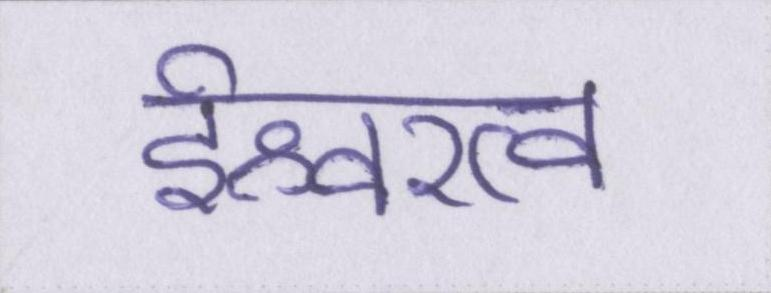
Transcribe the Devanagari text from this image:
ईश्वरत्व